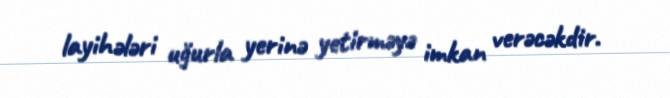
layihələri uğurla yerinə yetirməyə imkan verəcəkdir.